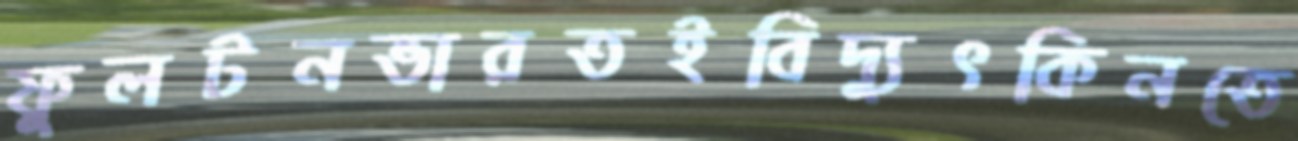
ফুলটনভারতইবিদ্যুৎকিনতে